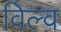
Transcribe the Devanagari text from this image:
विल्व